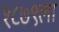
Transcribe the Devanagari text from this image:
१८७९ला